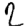
Digit: 2